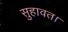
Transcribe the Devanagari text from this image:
सुहावत।